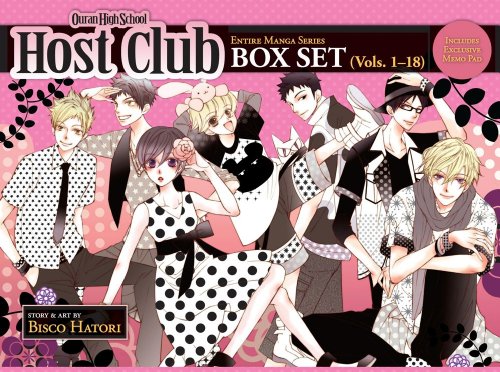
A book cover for Ouran High School Host Club Box Set (Vol. 1-18); Bisco Hatori; Comics & Graphic Novels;